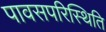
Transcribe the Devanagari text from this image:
पावसपरिस्थिति